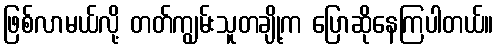
ဖြစ်လာမယ်လို့ တတ်ကျွမ်းသူတချို့က ပြောဆိုနေကြပါတယ်။